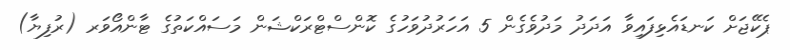
ޕެކޭޖަށް ކަނޑައެޅިފައިވާ އަދަދު މަދުވެގެން 5 އަހަރުދުވަހުގެ ކޮންސްޓްރަކްޝަން މަސައްކަތުގެ ޓާންއޯވަރ (ރުފިޔާ)